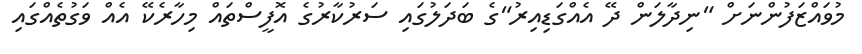
މުވައްޒަފުންނަށް "ނިދާލަން ދޭ އެއްގަޑިއިރު"ގެ ބަދަލުގައި ސަރުކާރުގެ އޮފީސްތައް މިހާރެކޭ އެއް ވަގުތެއްގައި